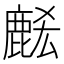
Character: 𪊭